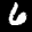
Label: 6